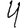
Digit: 4